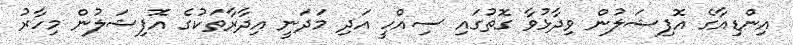
އިންޑިއާގެ އޮފިޝަލުން ވިދާޅުވާ ގޮތުގައި ސިއްހީ އަދި މަދަނީ އިދާރާތަކުގެ އޮފިޝަލުން މިހާރު